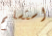
استسلم